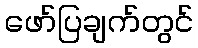
ဖော်ပြချက်တွင်